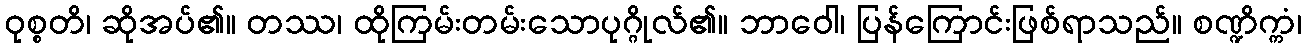
ဝုစ္စတိ၊ ဆိုအပ်၏။ တဿ၊ ထိုကြမ်းတမ်းသောပုဂ္ဂိုလ်၏။ ဘာဝေါ၊ ပြန်ကြောင်းဖြစ်ရာသည်။ စဏ္ဍိက္ကံ၊